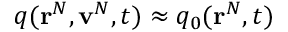
q ( \mathbf { r } ^ { N } , \mathbf { v } ^ { N } , t ) \approx q _ { 0 } ( \mathbf { r } ^ { N } , t )